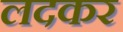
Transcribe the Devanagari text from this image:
लदकर